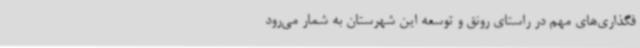
فگذاری‌های مهم در راستای رونق و توسعه این شهرستان به شمار می‌رود